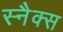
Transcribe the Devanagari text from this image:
स्‍नैक्स